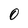
Character: 0